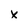
Character: x